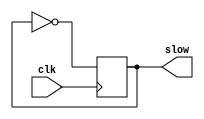
module slow
(
	input clk,
	output reg slow
);

reg [31:0] counter;
reg slow_clock;
reg button_reg;


always @(posedge clk) begin
	counter <= counter + 32'b1;
	
	slow <= slow ^ 1'b1;
	
end

endmodule